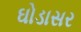
ઘોડાસર